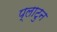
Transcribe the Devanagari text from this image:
प्लाटुन